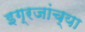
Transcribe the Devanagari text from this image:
इग्रजांच्या